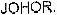
JOHOR.